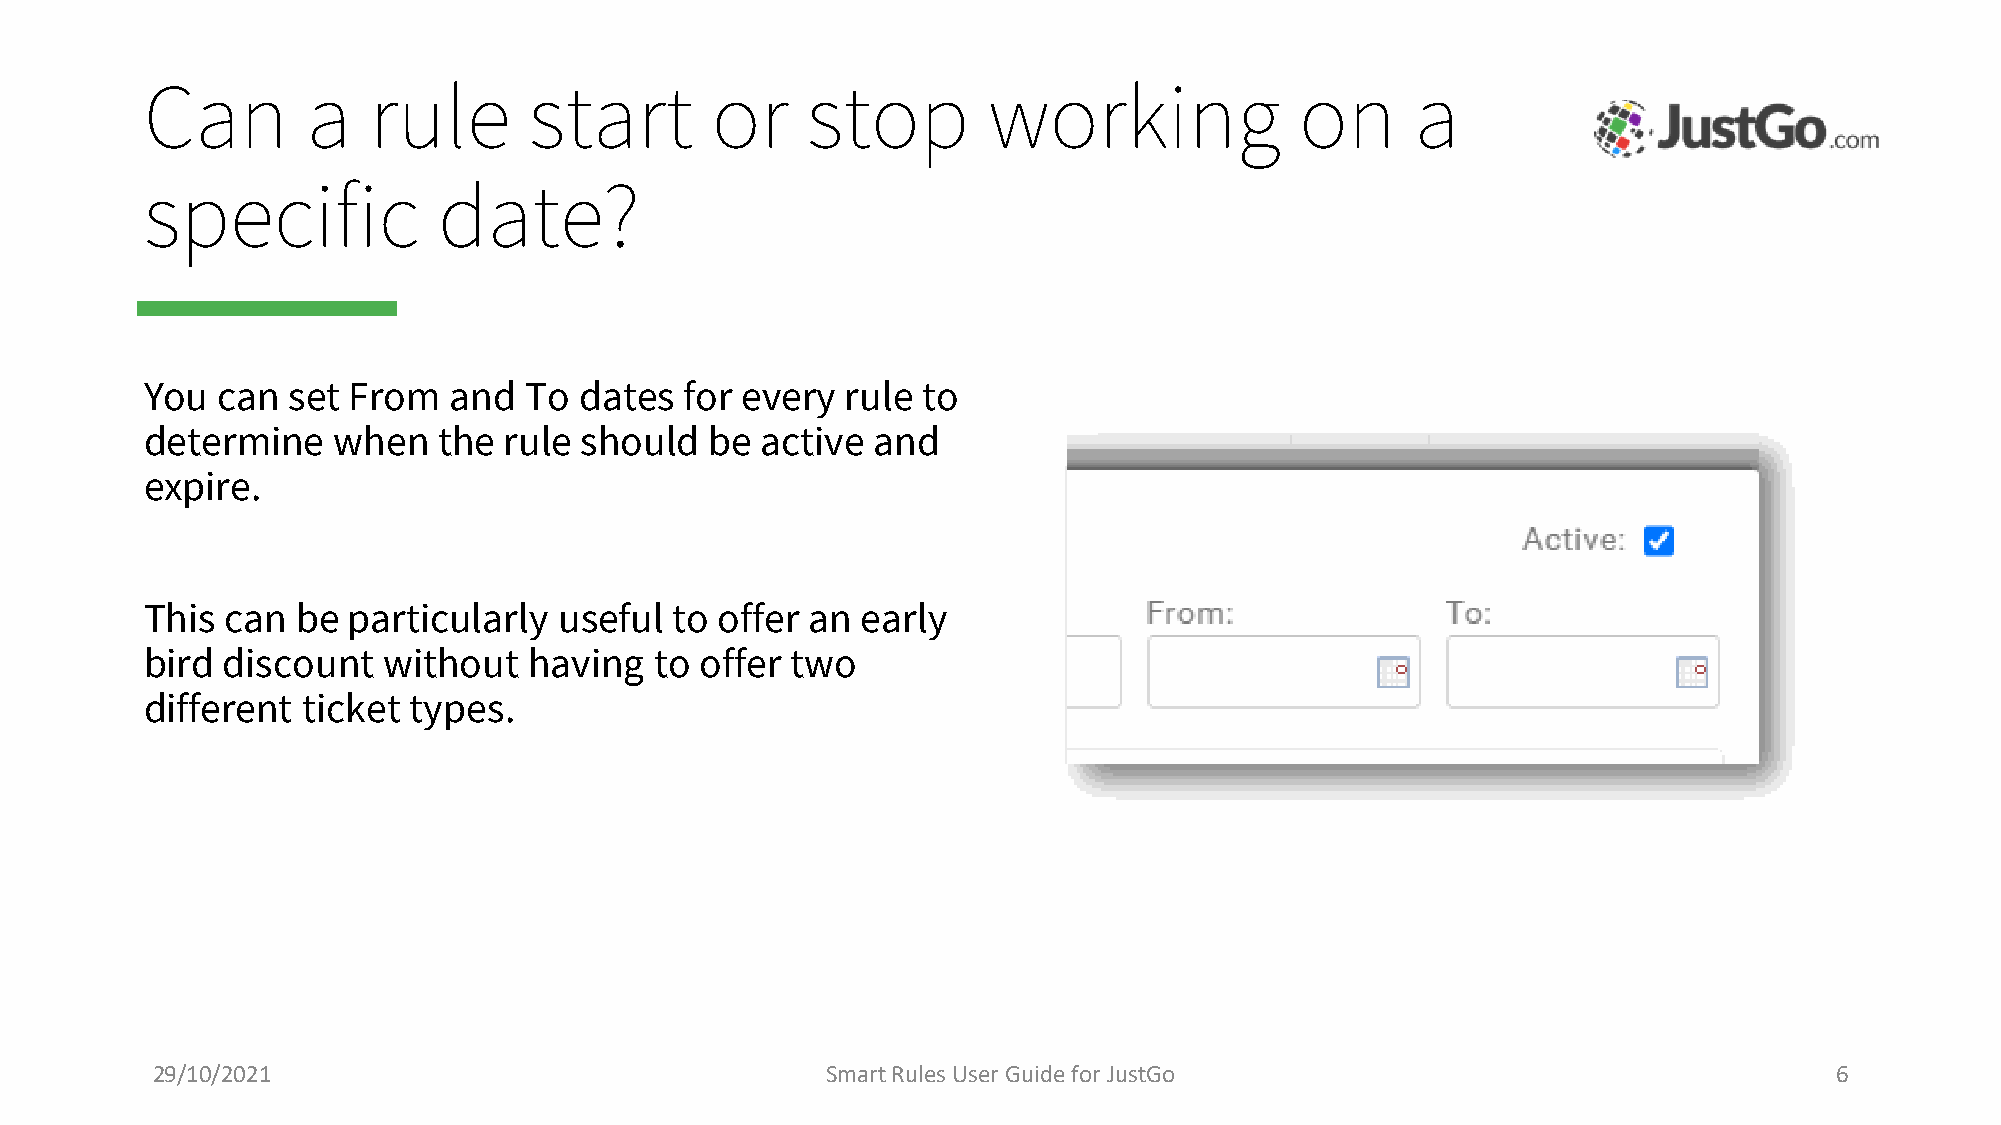
Can       a   rule       start       or    stop        working              on      a
 specific           date?
 You can  set From   and  To dates  for every  rule to
 determine   when   the rule should   be active  and
 expire.
 This can  be particularly  useful  to offer an early
 bird discount  without   having  to offer two
 different ticket types.
 29/10/2021                                   Smart Rules User Guide for JustGo                                  6